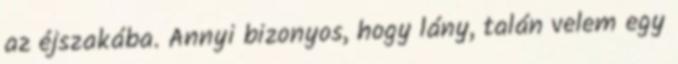
az éjszakába. Annyi bizonyos, hogy lány, talán velem egy